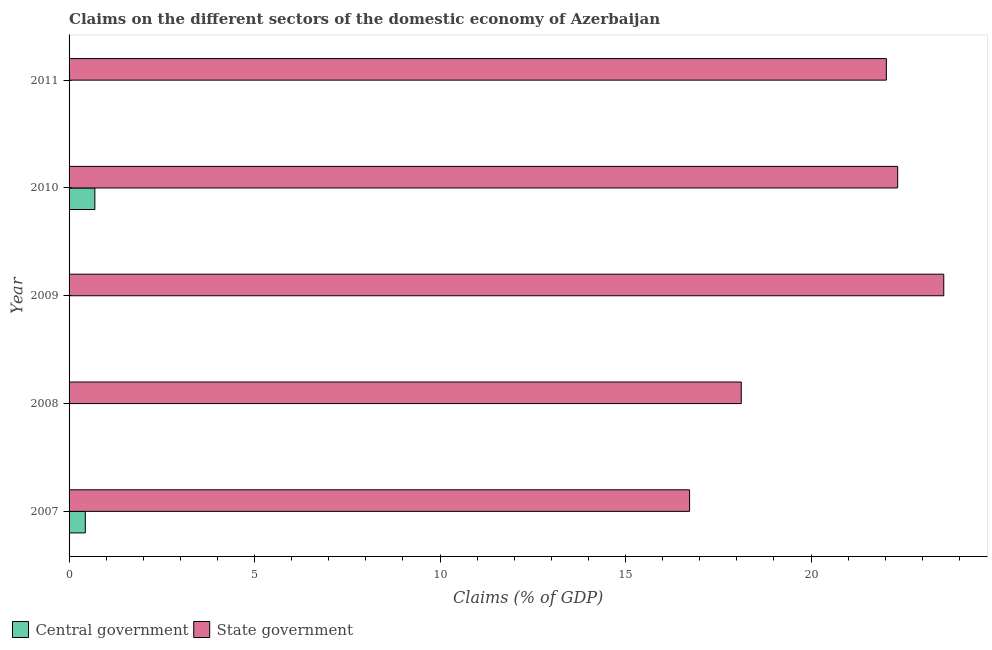
| Year | Central government | State government |
 | --- | --- | --- |
 | 2007 | 0.438 | 16.7 |
 | 2008 | -1.9 | 18.1 |
 | 2009 | -1.12 | 23.6 |
 | 2010 | 0.695 | 22.3 |
 | 2011 | -2.82 | 22 |